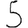
Digit: 5